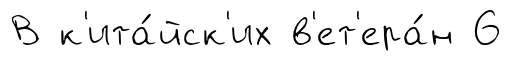
В к'ита́йск'их в'ет'ера́н 6